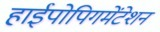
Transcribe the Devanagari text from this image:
हाईपोपिगमेंटेशन